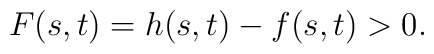
F(s,t) = h(s,t) - f(s,t) > 0.